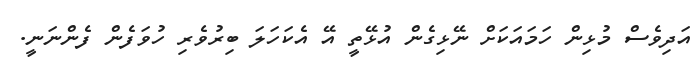
އަދިވެސް މުޅިން ހަމައަކަށް ނޭޅިގެން އުޅޭތީ އޭ އެކަހަލަ ބިރުވެރި ހުވަފެން ފެންނަނީ.